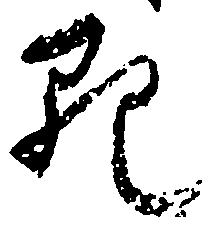
死